Vaccination in Burma 1920-1933 - 1920-1933
Year: 1920
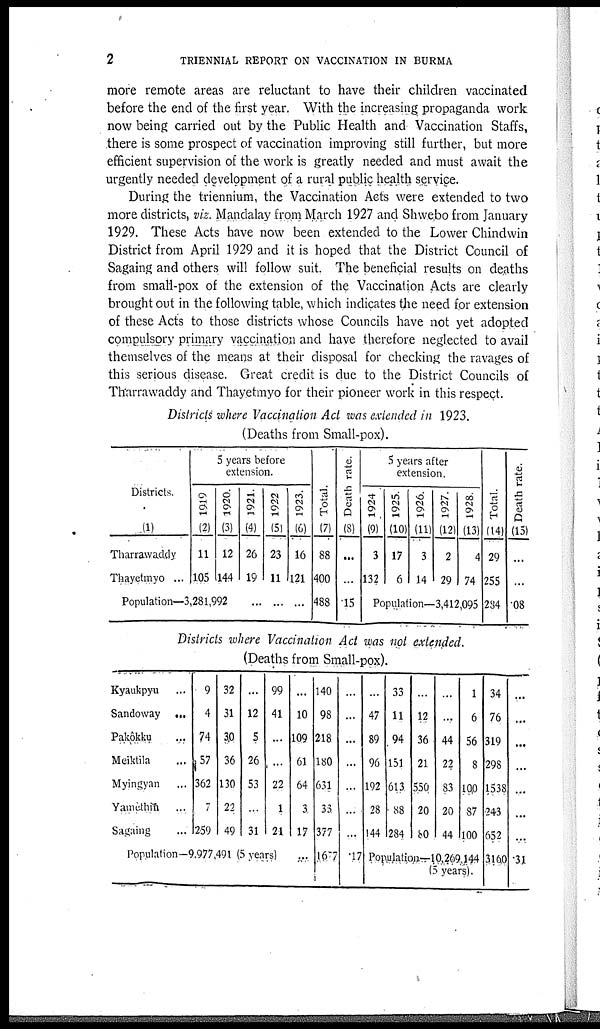
2
TRIENNIAL REPORT ON VACCINATION IN BURMA
more remote areas are reluctant to have their children vaccinated
before the end of the first year. With the increasing propaganda work
now being carried out by the Public Health and Vaccination Staffs,
there is some prospect of vaccination improving still further, but more
efficient supervision of the work is greatly needed and must await the
urgently needed development of a rural public health service.
During the triennium, the Vaccination Acts were extended to two
more districts, viz. Mandalay from March 1927 and Shwebo from January
1929. These Acts have now been extended to the Lower Chindwin
District from April 1929 and it is hoped that the District Council of
Sagaing and others will follow suit. The beneficial results on deaths
from small-pox of the extension of the Vaccination Acts are clearly
brought out in the following table, which indicates the need for extension
of these Acts to those districts whose Councils have not yet adopted
compulsory primary vaccination and have therefore neglected to avail
themselves of the means at their disposal for checking the ravages of
this serious disease. Great credit is due to the District Councils of
Tharrawaddy and Thayetmyo for their pioneer work in this respect.
Districts where Vaccination Act was extended in 1923.
(Deaths from Small-pox).
Districts.
(1)
Tharrawaddy
Thayetmyo ...
5 years before
extension.
1919
(2)
11
105
1920.
(3)
12
144
Population—3,281,992
1921.
(4)
26
19
...
1922
(5)
23
11
...
1923.
(6)
16
121
...
Total.
(7)
88
400
488
Death rate.
(8)
...
...
.15
5 years after
extension.
1924
(9)
3
132
1925.
(10)
17
6
1926.
(11)
3
14
1927.
(12)
2
29
1928.
(13)
4
74
Population—3,412,095
Total.
(14)
29
255
284
Death rate.
(15)
...
...
.08
Districts where Vaccination Act was not extended.
(Deaths from Small-pox).
Kyaukpyu ...
Sandoway ...
Pakôkku
...
Meiktila ...
Myingyan ...
Yamèthin ...
Sagaing ...
9
4
74
57
362
7
259
32
31
30
36
130
22
49
...
12
5
26
53
...
31
99
41
...
...
22
1
21
Population—9,977,491 (5 years)
...
10
109
61
64
3
17
...
140
98
218
180
631
33
377
1677
...
...
...
...
...
...
...
.17
...
47
89
96
192
28
144
33
11
94
151
613
88
284
...
12
36
21
550
20
80
...
....
44
22
83
20
44
1
6
56
8
100
87
100
Population—10,269,144
(5 years).
34
76
319
298
1538
243
652
3160
...
...
...
...
...
...
...
.31